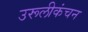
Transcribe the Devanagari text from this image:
उरूलीकंचन